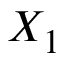
X _ { 1 }